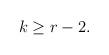
LaTeX: \begin{align*} k \geq r-2.\end{align*}